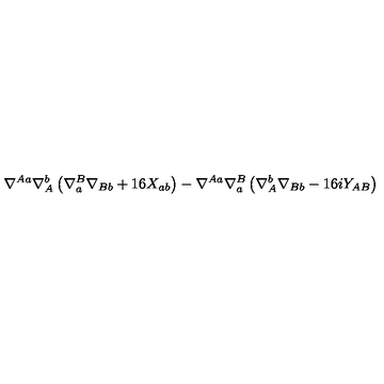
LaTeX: \nabla ^ { A a } \nabla _ { A } ^ { b } \left( \nabla _ { a } ^ { B } \nabla _ { B b } + 1 6 X _ { a b } \right) - \nabla ^ { A a } \nabla _ { a } ^ { B } \left( \nabla _ { A } ^ { b } \nabla _ { B b } - 1 6 i Y _ { A B } \right)